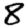
Digit: 8